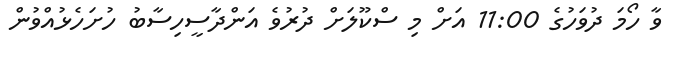
ވާ ހޯމަ ދުވަހުގެ 11:00 އަށް މި ސްކޫލަށް ދުރުވެ އަންދާސީހިސާބު ހުށަހެޅުއްވުން